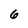
Character: 6